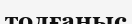
толғаныс